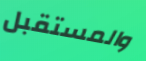
والمستقبل